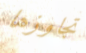
تجاوزها